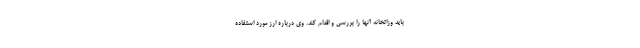
باید وزاتخانه آنها را بررسی و اقدام کند. وی درباره ارز مورد استفاده